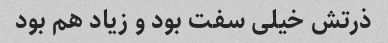
ذرتش خیلی سفت بود و زیاد هم بود